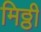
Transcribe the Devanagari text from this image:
मिठ्ठी